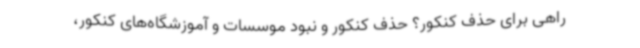
راهی برای حذف کنکور؟ حذف کنکور و نبود موسسات و آموزشگاه‌های کنکور،